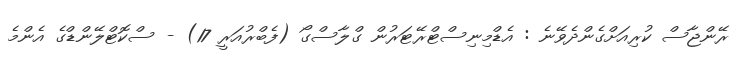
ރޭންޖާސް ކުރިއަށްގެންދެވޭނެ : އެޑްމިނިސްޓްރޭޓަރުން ގްލާސްގޯ (ފެބްރުއަރީ 17) - ސްކޮޓްލޭންޑްގެ އެންމެ